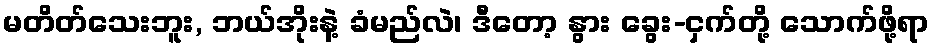
မတိတ်သေးဘူး, ဘယ်အိုးနဲ့ ခံမည်လဲ၊ ဒီတော့ နွား ခွေး-ငှက်တို့ သောက်ဖို့ရာ